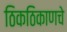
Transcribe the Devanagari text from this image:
ठिकठिकाणचे